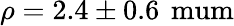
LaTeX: \rho=2.4\pm 0.6\, \mathrm{{\ mum}}